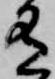
有